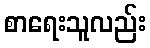
စာရေးသူလည်း